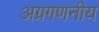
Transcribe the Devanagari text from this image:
अग्रगणनीय